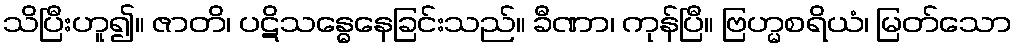
သိပြီးဟူ၍။ ဇာတိ၊ ပဋိသန္ဓေနေခြင်းသည်။ ခီဏာ၊ ကုန်ပြီ။ ဗြဟ္မစရိယံ၊ မြတ်သော